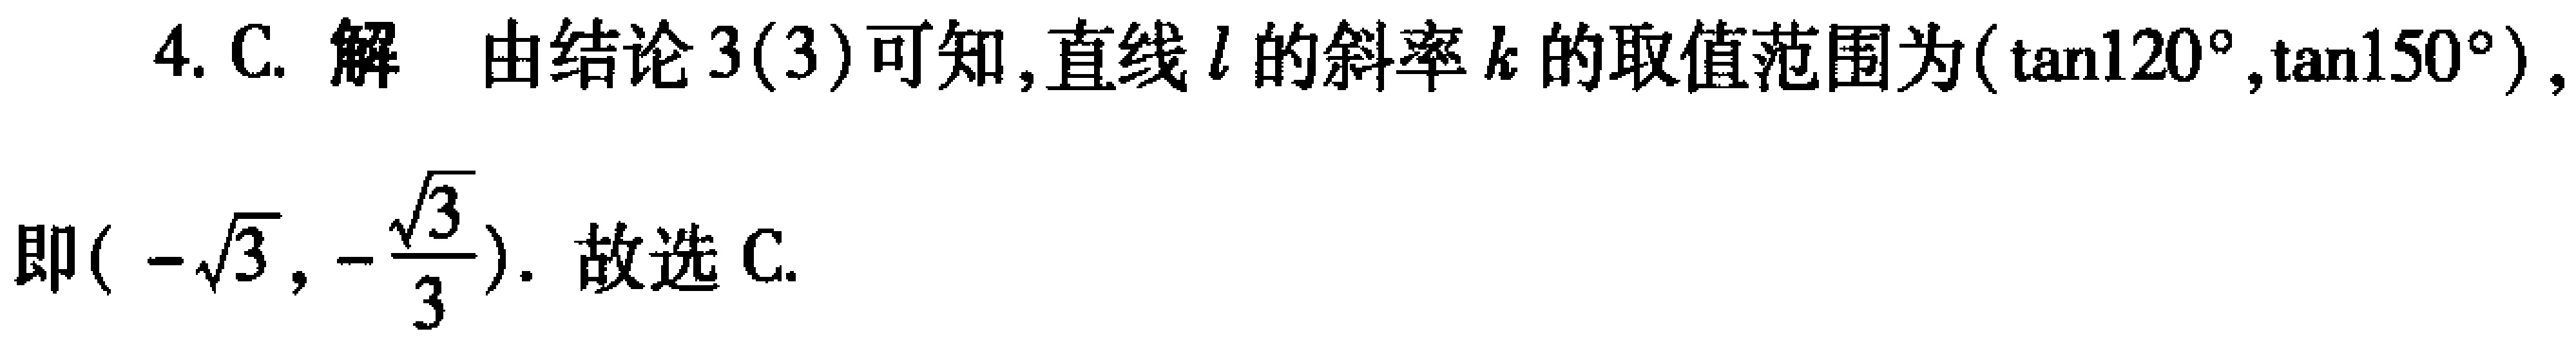
4. C. 解 由结论 3(3)可知,直线\(l\)的斜率\(k\)的取值范围为\((\tan120^{\circ},\tan150^{\circ})\),即\((-\sqrt{3},-\frac{\sqrt{3}}{3})\). 故选 C.